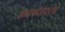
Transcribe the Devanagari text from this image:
शब्दकलेवरचे